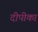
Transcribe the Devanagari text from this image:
दीपीका